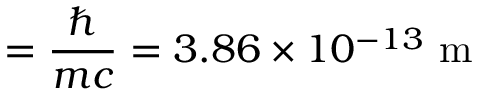
\ = { \frac { \hbar } { m c } } = 3 . 8 6 \times 1 0 ^ { - 1 3 } { \mathrm { ~ m } }